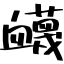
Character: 衊